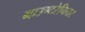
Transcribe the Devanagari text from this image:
माउण्टरेनियर